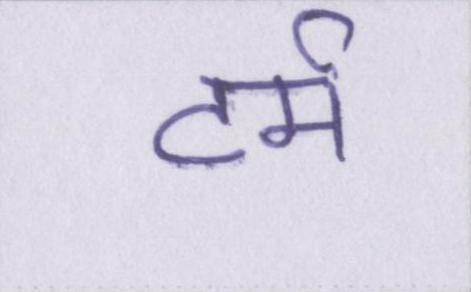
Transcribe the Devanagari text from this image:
टर्म